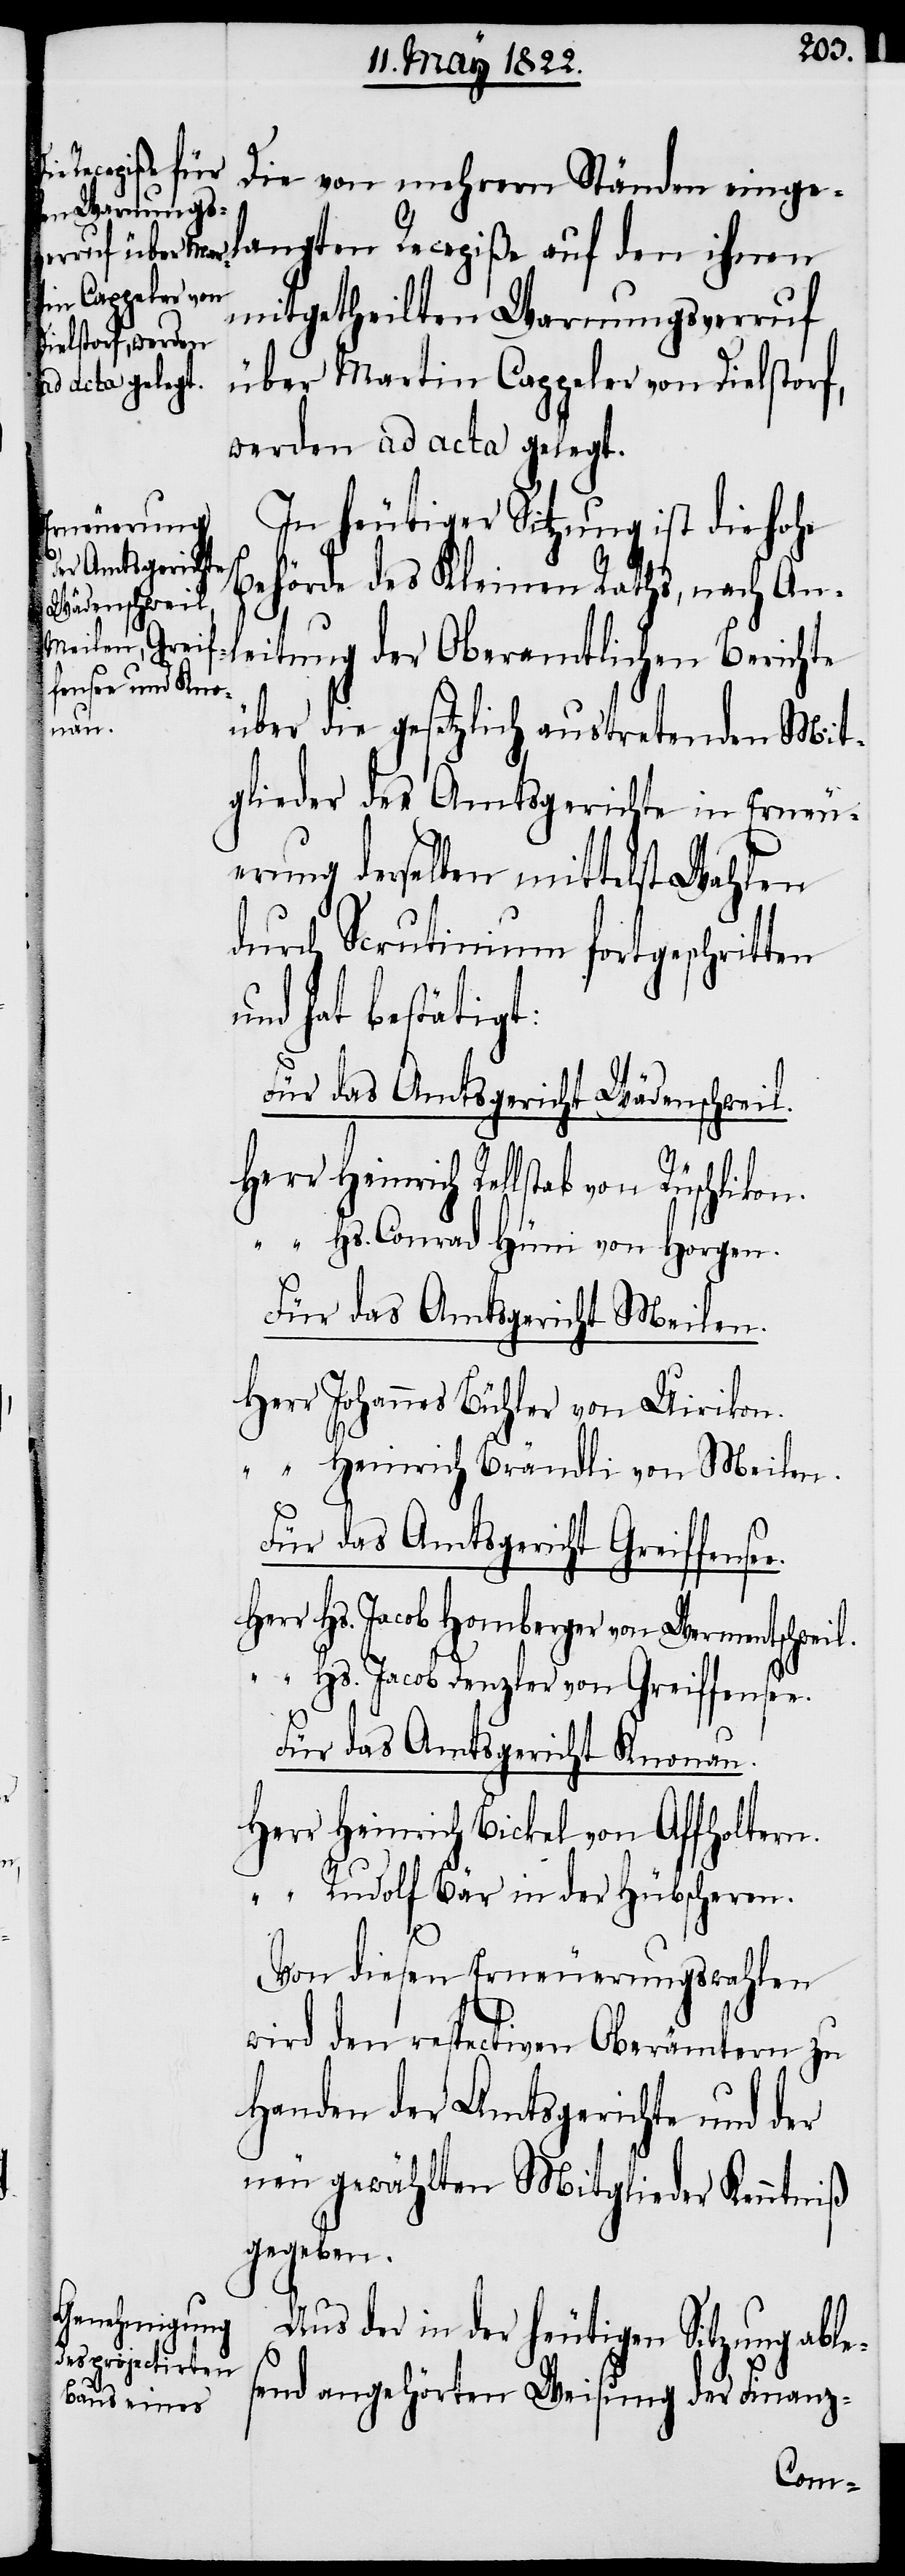
Die von mehrern Ständen eing¬
elangten Recepiße auf den ihnen
e.
mitgetheilten Warnungsverruf
über Martin Cappeler von Dielstorf,
werden ad acta gelegt.
In heutiger Sitzung ist die hohe
Criminalgerichte
Behörde des Kleinen Raths, nach Anl¬
eitung der Oberamtlichen Berichte
über die gesetzlich austretenden Mit¬
glieder des Amtsgerichte in Erneu¬
erung derselben mittelst Wahlen
durch Scrutinium fortgeschritten
und hat bestätigt:
Für das Amtsgericht Wädenschweil.
Herr Heinrich Rellstab von Rüschlikon.
“ Hs. Conrad Hüni von Horgen.
Für das Amtsgericht Meilen.
Herr Johannes Bühler von Uirikon.
“ Heinrich Brändli von Meilen.
Für das Amtsgericht Greiffense¬
Herr Hs. Jacob Homberger von Wermetschweil.
“ Hs. Jacob Denzler von Greiffensee.
Für das Amtsgericht Knonau.
Herr Heinrich Bickel von Affholtern.
“ Rudolf Bär in der Hübscheren.
Von diesen Erneuerungswahlen
wird den respectiven Oberämtern zu
Handen der Amtsgerichte und der
neu gewählten Mitglieder Kenntniß
gegeben.
Aus der in der heutigen Sitzung able¬
send angehörten Weisung der Finanz-

mit